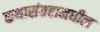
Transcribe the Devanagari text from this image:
कथासंग्रहामधील